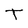
Character: T